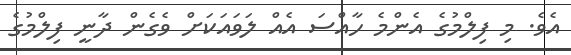
އެވެ. މި ފިލްމުގެ އެންމެ ހާއްސަ އެއް ލަވައަކަށް ވެގެން ދާނީ ފިލްމުގެ